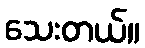
သေးတယ်။